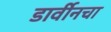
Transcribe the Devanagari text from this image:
डार्वीनचा